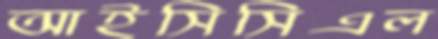
আইসিসিএল